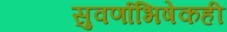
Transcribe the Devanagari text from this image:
सुवर्णाभिषेकही